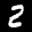
Label: 2